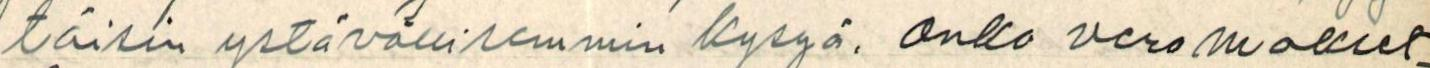
täisin ystävällisemmin kysyä, onko vero makset-